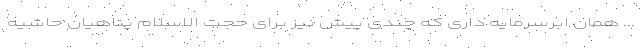
... همان ابرسرمایه داری که چندی پیش نیز برای حجت الاسلام پناهیان حاشیه